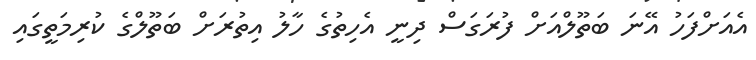
އެއަށްފަހު އޭނަ ބަތޫލްއަށް ފުރަގަސް ދިނީ އެހިތުގެ ހާލު އިތުރަށް ބަތޫލްގެ ކުރިމަތީގައި